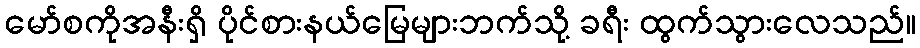
မော်စကိုအနီးရှိ ပိုင်စားနယ်မြေများဘက်သို့ ခရီး ထွက်သွားလေသည်။